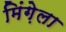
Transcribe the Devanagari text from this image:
मिंग़ेला